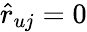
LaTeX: \hat{r}_{uj}=0